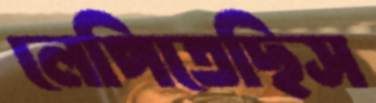
লেপিতেছিস